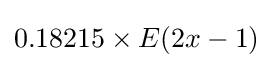
0.18215\times E(2x-1)